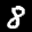
Label: 8